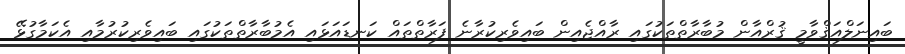
ބައިނަލްއަޤްވާމީ ޤުރްއާން މުބާރާތްތަކުގައި ރާއްޖެއިން ބައިވެރިކުރާނެ ފަރާތްތައް ކަނޑައަޅައި އެމުބާރާތްތަކުގައި ބައިވެރިކުރުމާއި އެކަމާގުޅޭ